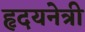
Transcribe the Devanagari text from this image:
हृदयनेत्री